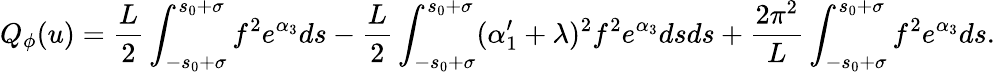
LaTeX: Q_{\phi}(u)=\frac{L}{2}\int_{-s_{0}+\sigma}^{s_{0}+\sigma}f^{2}e^{\alpha_{3}}ds-\frac{L}{2}\int_{-s_{0}+\sigma}^{s_{0}+\sigma}(\alpha_{1}^{\prime}+\lambda)^{2}f^{2}e^{\alpha_{3}}dsds+\frac{2\pi^{2}}{L}\int_{-s_{0}+\sigma}^{s_{0}+\sigma}f^{2}e^{\alpha_{3}}ds.